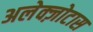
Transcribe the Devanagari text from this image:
अलेक्ज़ोटास